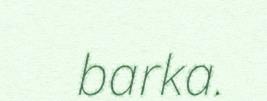
barka.